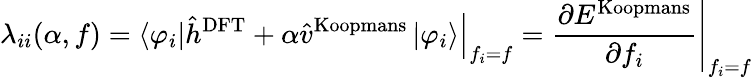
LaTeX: \lambda_{ii}(\alpha,f)=\left.\left\langle\varphi_{i}\right\vert\hat{h}^{\mathrm{DFT}}+\alpha\hat{v}^{\mathrm{Koopmans}}\left\vert\varphi_{i}\right\rangle\right\vert_{f_{i}=f}=\left.\frac{\partial E^{\mathrm{Koopmans}}}{\partial f_{i}}\right\vert_{f_{i}=f}